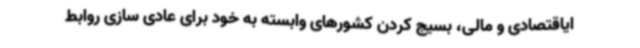
ایاقتصادی و مالی، بسیج کردن کشورهای وابسته به خود برای عادی سازی روابط